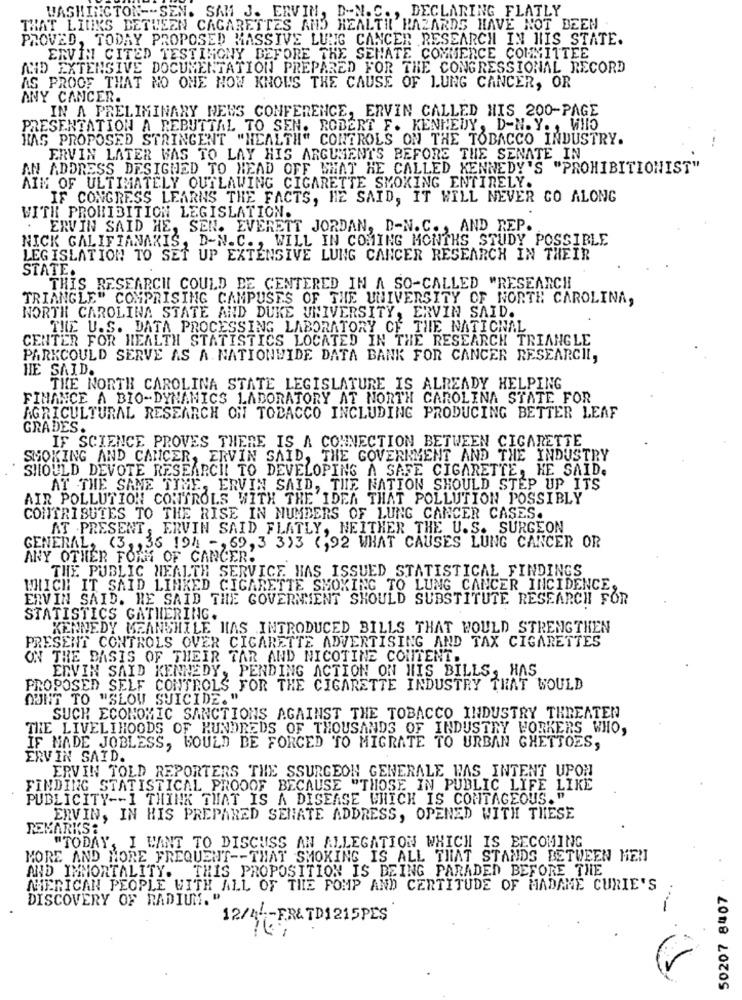
WASHINGTON -- SEN. SAM J. ERVIN, D-N.C ., DECLARING FLATLY
THAT LINKS BETWEEN CAGARETTES AND HEALTH HAZARDS HAVE NOT BEEN
PROVED, TODAY PROPOSED MASSIVE LUNG CANCER RESEARCH IN HIS STATE.
ERVIN CITED TESTIMONY BEFORE THE SENATE COMMENCE COMMITTEE
AND EXTENSIVE DOCUMENTATION PREPARED FOR THE CONGRESSIONAL RECORD
AS PROOF THAT NO ONE NOW KNOWS THE CAUSE OF LUNG CANCER, OR
ANY CANCER.
IN A PRELIMINARY NEWS CONFERENCE, ERVIN CALLED HIS 200-PAGE
PRESENTATION A REBUTTAL TO SEN. ROBERT F. KENNEDY, D-N. Y ., WHO
HAS PROPOSED STRINGENT "HEALTH" CONTROLS ON THE TOBACCO INDUSTRY.
ERVIN LATER WAS TO LAY HIS ARGUMENTS BEFORE THE SENATE IN
AN ADDRESS DESIGNED TO HEAD OFF WHAT HE CALLED KENNEDY'S "PROHIBITIONIST"
AIM OF ULTIMATELY OUTLAWING CIGARETTE SMOKING ENTIRELY.
IF CONGRESS LEARNS THE FACTS, HE SAID, IT WILL NEVER CO ALONG
WITH PROHIBITION LEGISLATION.
. ERVIN SAID HE, SEN. EVERETT JORDAN, D-N.C ., AND REP.
NICK GALIFIANAKIS, D-N.C ., WILL IN COMING MONTHS STUDY POSSIBLE
LEGISLATION TO SET UP EXTENSIVE LUNG CANCER RESEARCH IN THEIR
STATE.
THIS RESEARCH COULD DE CENTERED IN A SO-CALLED "RESEARCH
TRIANGLE" COMPRISING CAMPUSES OF THE UNIVERSITY OF NORTH CAROLINA,
NORTH CAROLINA STATE AND DUKE UNIVERSITY, ERVIN SAID.
THE U.S. DATA PROCESSING LABORATORY OF THE NATIONAL
CENTER FOR HEALTH STATISTICS LOCATED IN THE RESEARCH TRIANGLE
PARKCOULD SERVE AS A. NATIONWIDE DATA BANK FOR CANCER RESEARCHL,
HE SAID.
THE NORTH CAROLINA STATE LEGISLATURE IS ALREADY HELPING
FINANCE A BIO-DYNAMICS LABORATORY AT NORTH CAROLINA STATE FOR
AGRICULTURAL RESEARCH ON TOBACCO INCLUDING PRODUCING BETTER LEAF
GRADES.
IF SCIENCE PROVES THERE IS A CONNECTION BETWEEN CIGARETTE
SMOKING AND CANCER, ERVIN SAID, THE GOVERNMENT AND THE INDUSTRY
SHOULD DEVOTE RESEARCH TO DEVELOPING A SAFE CIGARETTE, HE SAID.
AT THE SAME TIME, ERVIN SAID, THE NATION SHOULD STEP UP ITS
AIR POLLUTION CONTROLS WITH THE IDEA THAT POLLUTION POSSIBLY
CONTRIBUTES TO THE RISE IN NUMBERS OF LUNG CANCER CASES.
AT PRESENT, ERVIN SAID FLATLY, NEITHER THE U.S. SURGEON
GENERAL, (3 ,, 36 194 -, 69, 3 333 (,92 WHAT CAUSES LUNG CANCER OR
ANY OTHER FORM OF CANCER.
THE PUBLIC HEALTH SERVICE HAS ISSUED STATISTICAL FINDINGS
WHICH IT SAID LINKED CIGARETTE SMOKING TO LUNG CANCER INCIDENCE.
ERVIN SAID. HE SAID THE GOVERNMENT SHOULD SUBSTITUTE RESEARCH FOR
STATISTICS GATHERING.
KENNEDY MEANSHILE HAS INTRODUCED BILLS THAT WOULD STRENGTHEN
PRESENT CONTROLS OVER CIGARETTE ADVERTISING AND TAX CIGARETTES
ON THE BASIS OF THEIR TAR AND NICOTINE CONTENT.
ERVIN SAID KENNEDY, PENDING ACTION ON HIS BILLS, HAS
PROPOSED SELF CONTROLS FOR THE CIGARETTE INDUSTRY THAT WOULD
OUNT TO "SLOW SUICIDE."
SUCH ECONOMIC SANCTIONS AGAINST THE TOBACCO INDUSTRY THREATEN
THE LIVELIHOODS OF HUNDREDS OF THOUSANDS OF INDUSTRY WORKERS WHO,
IF MADE JOBLESS, WOULD BE FORCED TO MIGRATE TO URBAN GHETTOES,
ERVIN SAID.
ERVIN TOLD REPORTERS THE SSURGEON GENERALE WAS INTENT UPON
FINDING STATISTICAL PROOOF BECAUSE "THOSE IN PUBLIC LIFE LIKE
PUBLICITY -- I THINK THAT IS A DISEASE WHICH IS CONTAGEOUS. "
ERVIN, IN HIS PREPARED SENATE ADDRESS, OPENED WITH THESE
REMARKS :
"TODAY, I WANT TO DISCUSS AN ALLEGATION WHICH IS BECOMING
MORE AND MORE FREQUENT -- THAT SMOKING IS ALL THAT STANDS BETWEEN MEN
AND IMMORTALITY. THIS PROPOSITION IS BEING PARADED BEFORE THE
MERICAN PEOPLE WITH ALL OF THE POMP AND CERTITUDE OF MADAME CURIE'S
50207 8407
DISCOVERY OF RADIUM. "
12/4-FR& TD1215PES